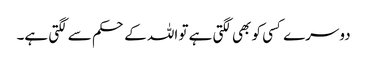
دوسرے کسی کو بھی لگتی ہے تو اللہ کے حکم سے لگتی ہے۔